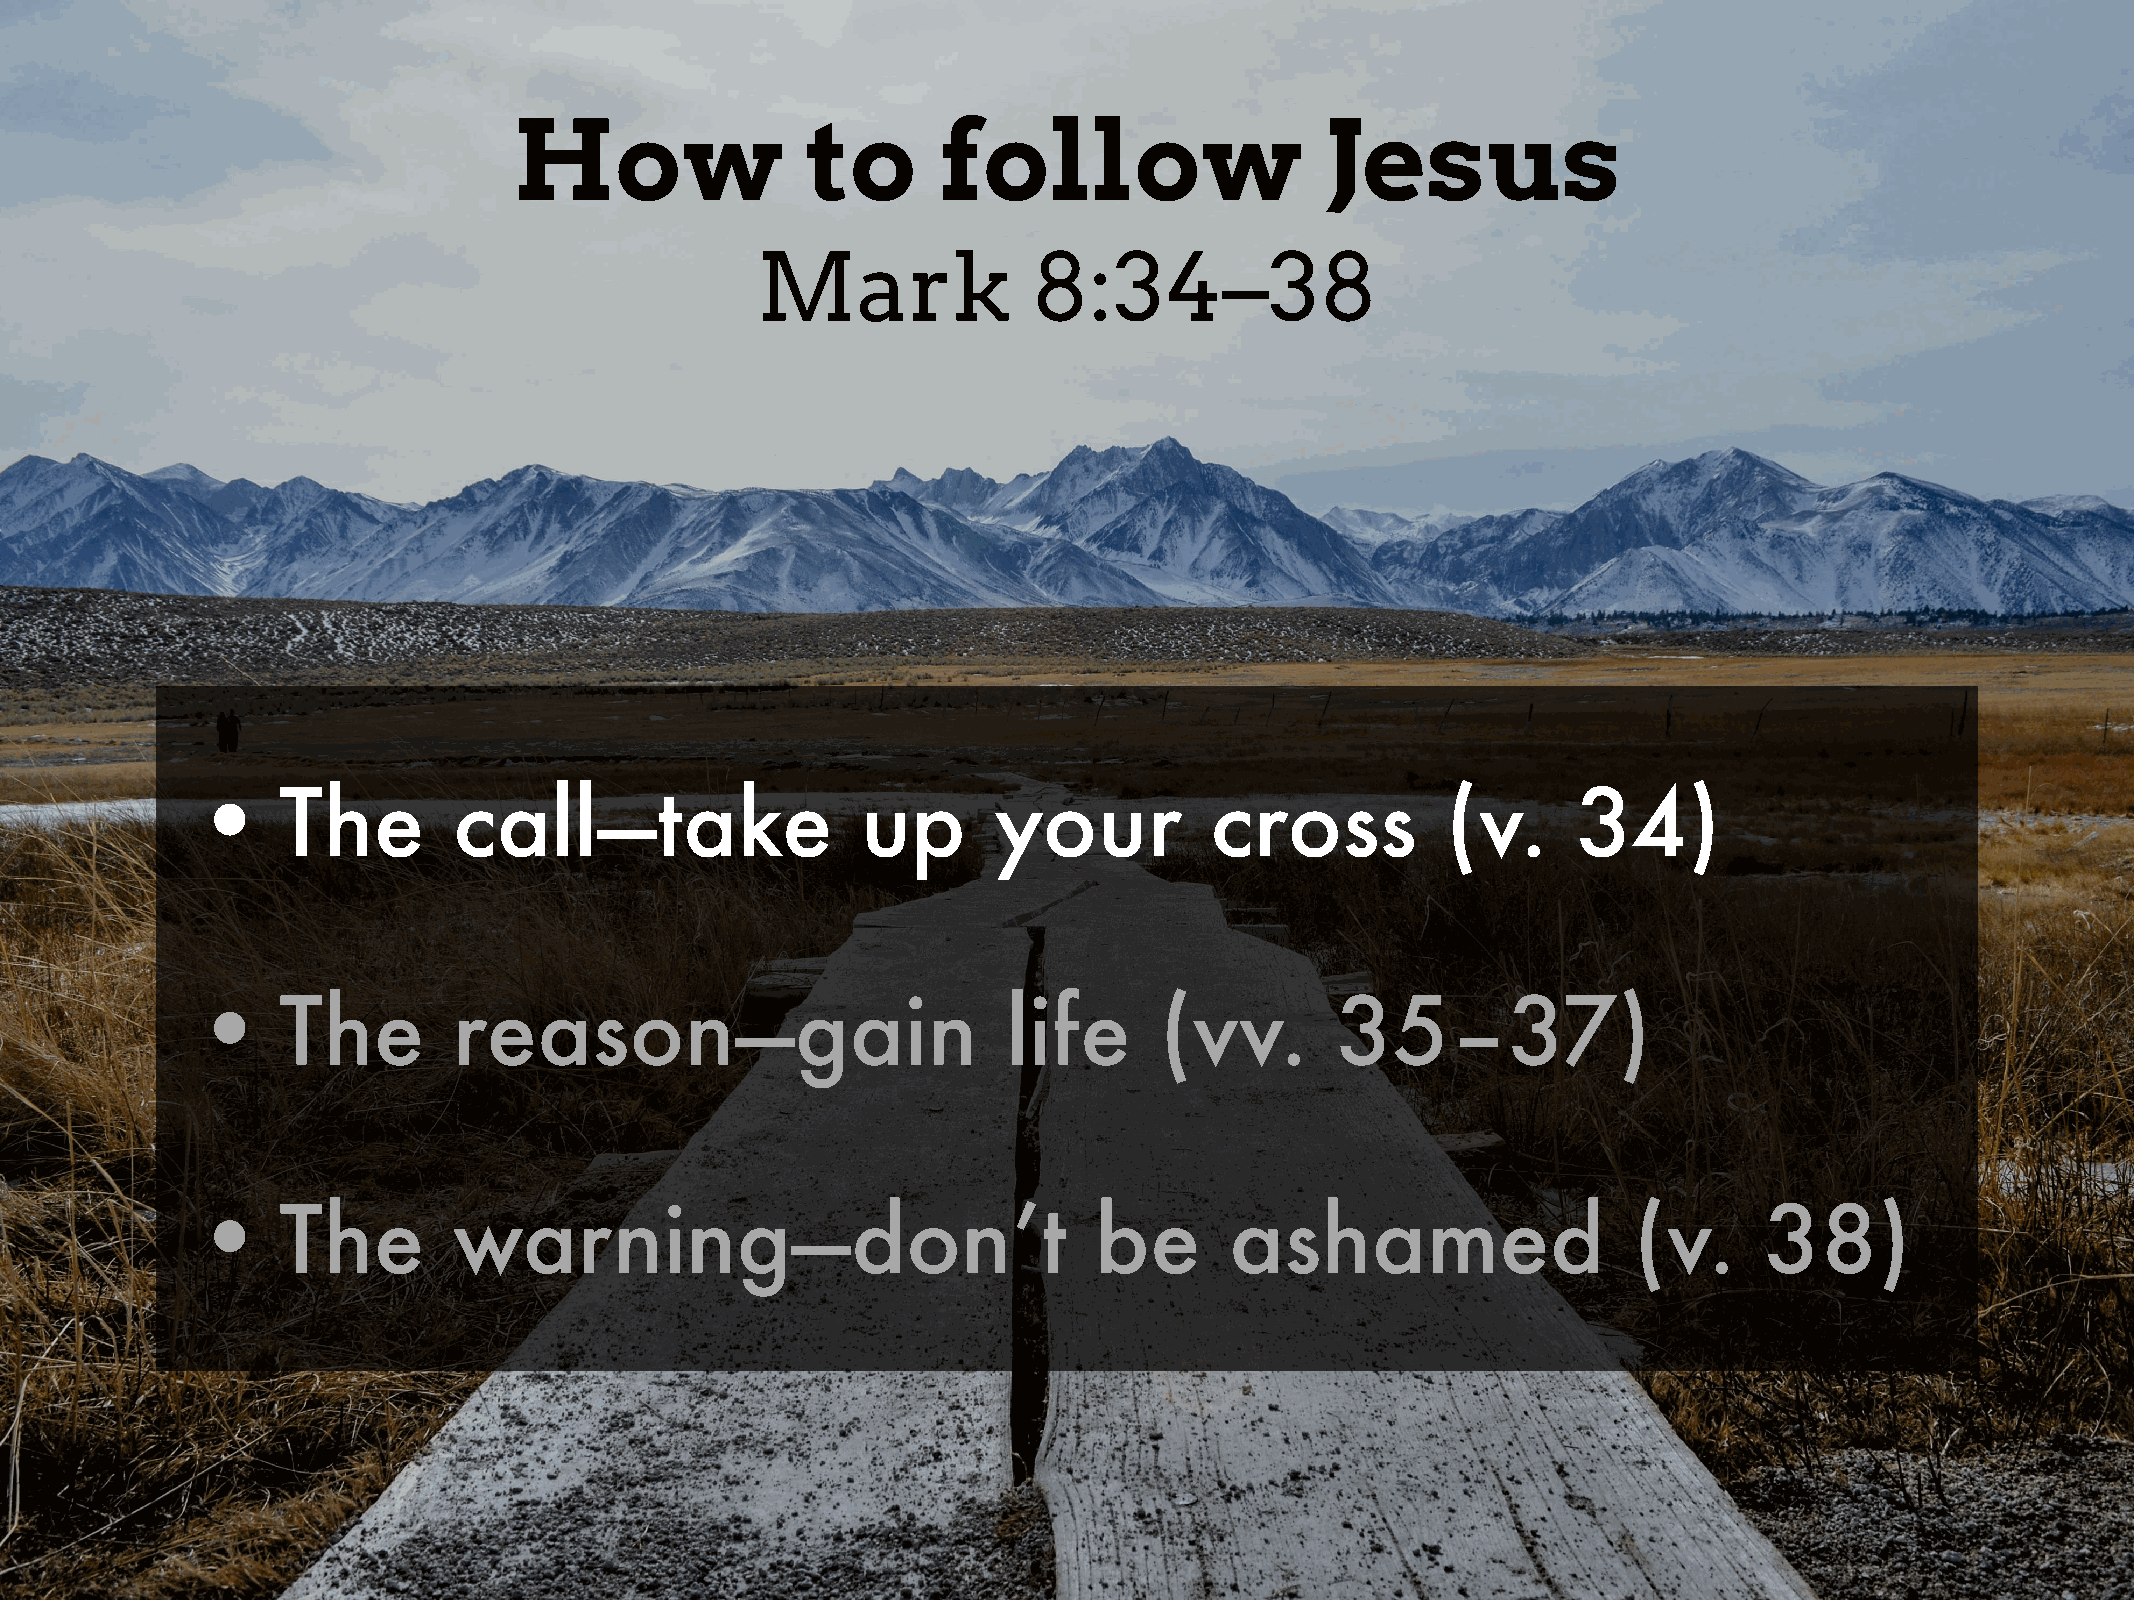
How                to       follow                    Jesus
 Mark              8:34–38
 •    The         call—take                  up       your          cross           (v.     34)
 •    The         reason—gain                          life      (vv.       35–37)
 •    The         warning—don’t                             be       ashamed                    (v.      38)